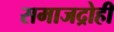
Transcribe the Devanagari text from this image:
समाजद्रोही